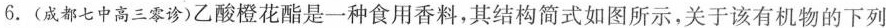
6.(成都七中高三零诊)乙酸橙花酯是一种食用香料，其结构简式如图所示，关于该有机物的下列